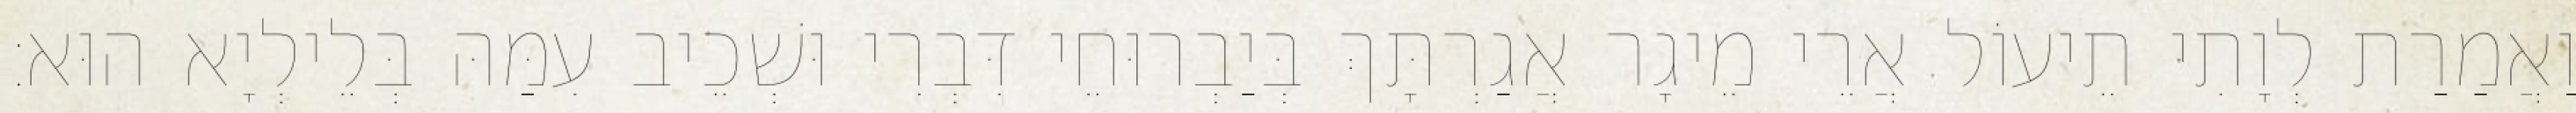
וַאֲמַרַת לְוָתִי תֵיעוֹל אֲרֵי מֵיגָר אֲגַרְתָּךְ בְּיַבְרוּחֵי דִּבְרִי וּשְׁכֵיב עִמַּהּ בְּלֵילְיָא הוּא׃